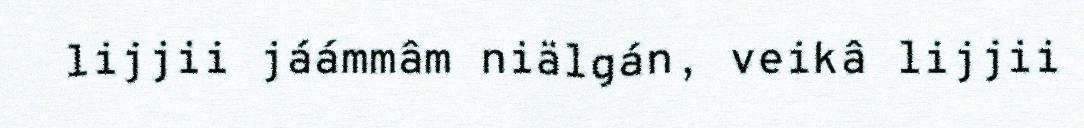
lijjii jáámmâm niälgán, veikâ lijjii